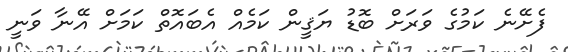
ފެށޭނެ ކަމުގެ ވަރަށް ބޮޑު ޔަޤީން ކަމެއް އެބައޮތް ކަމަށް އޭނާ ވަނީ